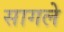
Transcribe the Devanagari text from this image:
सागले